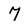
Character: 7